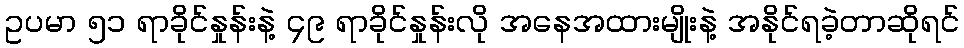
ဥပမာ ၅၁ ရာခိုင်နှုန်းနဲ့ ၄၉ ရာခိုင်နှုန်းလို အနေအထားမျိုးနဲ့ အနိုင်ရခဲ့တာဆိုရင်